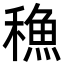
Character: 𮃣